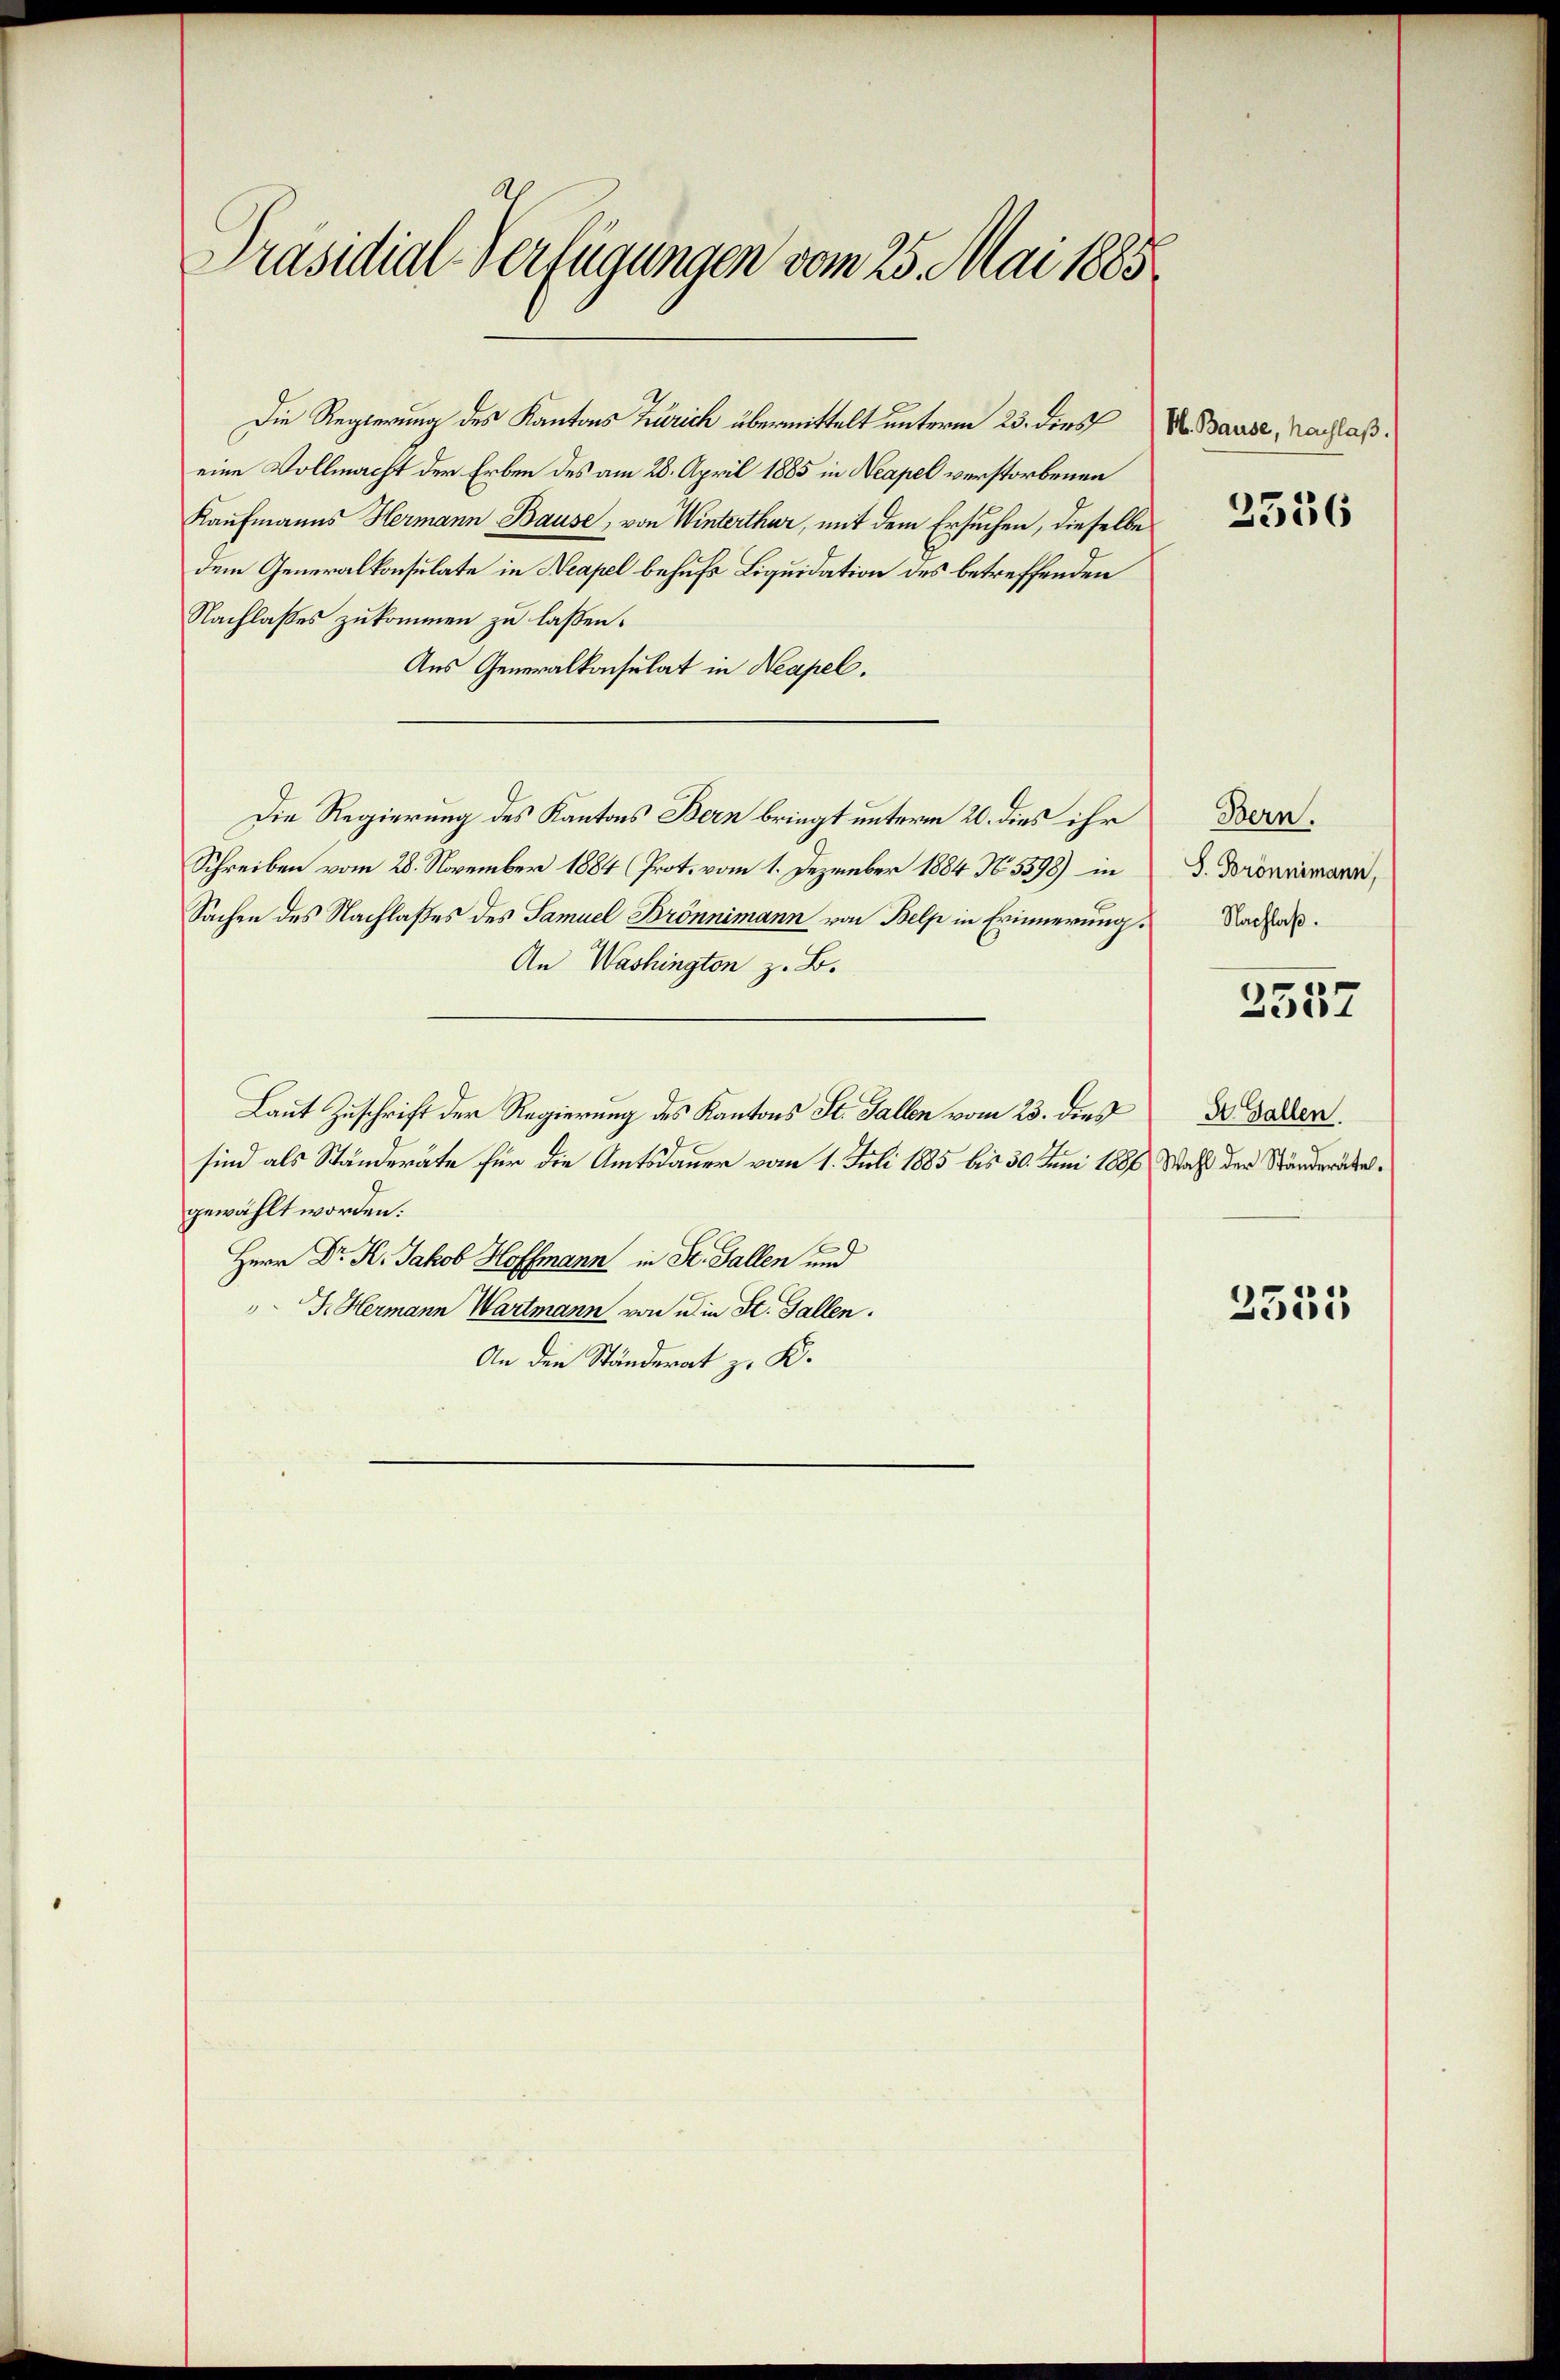
Präsidial-Verfügungen vom 25. Mai 1885

Die Regierung des Kantons Zürich übermittelt unterm 23. dies Bause, Nachlaßeine Vollmacht der Erben des am 28. April 1885 in Neapel verstorbenen
Kaufmanns Hermann Bause, von Winterthur, mit dem Ersuchen, dieselbe
dem Generalkonsulate in Neapel behufs Liquidation des betreffenden
Nachlaßes zukommen zu laßen.
Aus Generalkonsulat in Neapel.
Die Regierung des Kantons Bern bringt unterm 20. dies ihr
Schreiben vom 28. November 1884 Prot. vom 1. Dezember 1884 No. 5598) in
Sachen des Nachlaßes des Samuel Brönnimann von Belp in Erinnerung
An Washingten z. B.
Laut Zuschrift der Regierung des Kantons St. Gallen vom 23. dies
sind als Ständeräte für die Amtsdauer vom 1. Juli 1885 bis 30. Juni 1886 Wahl der Ständerätelgewählt worden.
Herr Dr. K. Jakob Hoffmann in St. Gallen und
F. Hermann Wartmann von die St. Gallen.
An den Ständerat z. K.

2336

Bern.
S. Brönnimann,
Nachlaß.

2557

St. Gallen.

2555